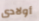
أولادى